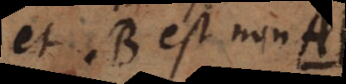
et B est non A